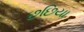
છછિયા